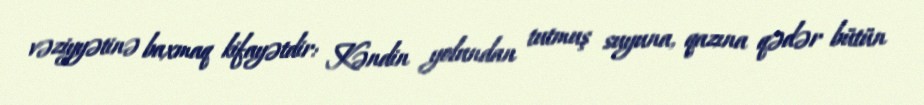
vəziyyətinə baxmaq kifayətdir: Kəndin yolundan tutmuş suyuna, qazına qədər bütün